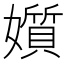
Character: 㜱